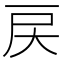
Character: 戻